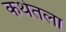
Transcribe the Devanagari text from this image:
कथेतला